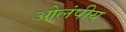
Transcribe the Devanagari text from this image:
ओलंपीय